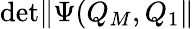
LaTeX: \mathrm{det}\| \Psi(Q_{M},Q_{1}\|